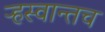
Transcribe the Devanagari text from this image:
ऱ्हस्वान्तच